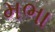
મભા